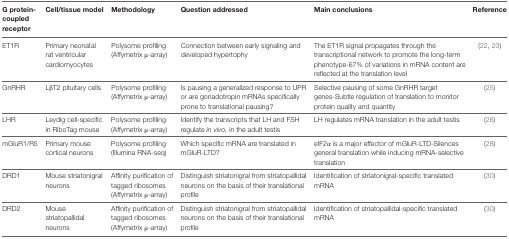
| G protein-coupled receptor | Cell/tissue model | Methodology | Question addressed | Main conclusions | Reference |
 | --- | --- | --- | --- | --- | --- |
 | ET1R | Primary neonatal rat ventricular cardiomyocytes | Polysome profiling (Affymetrix μ-array) | Connection between early signaling and developed hypertophy | The ET1R signal propagates through the transcriptional network to promote the long-term phenotype-67% of variations in mRNA content are reflected at the translation level | (22, 23) |
 | GnRHR | LβT2 pituitary cells | Polysome profiling (Affymetrix μ-array) | Is pausing a generalized response to UPR or are gonadotropin mRNAs specifically prone to translational pausing? | Selective pausing of some GnRHR target genes-Subtle regulation of translation to monitor protein quality and quantity | (25) |
 | LHR | Leydig cell-specific in RiboTag mouse | Polysome profiling (Affymetrix μ-array) | Identify the transcripts that LH and FSH regulate in vivo, in the adult testis | LH regulates mRNA translation in the adult testis | (26) |
 | mGluR1/R5 | Primary mouse cortical neurons | Polysome profiling (Illumina RNA-seq) | Which specific mRNA are translated in mGluR-LTD? | eIF2α is a major effector of mGluR-LTD-Silences general translation while inducing mRNA-selective translation | (28) |
 | DRD1 | Mouse striatonigral neurons | Affinity purification of tagged ribosomes (Affymetrix μ-array) | Distinguish striatonigral from striatopallidal neurons on the basis of their translational profile | Identification of striatonigral-specific translated mRNA | (30) |
 | DRD2 | Mouse striatopallidal neurons | Affinity purification of tagged ribosomes (Affymetrix μ-array) | Distinguish striatonigral from striatopallidal neurons on the basis of their translational profile | Identification of striatopallidal-specific translated mRNA | (30) |